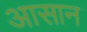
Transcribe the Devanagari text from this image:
अासान